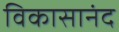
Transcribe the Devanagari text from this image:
विकासानंद